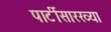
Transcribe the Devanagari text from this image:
पार्टीसारख्या